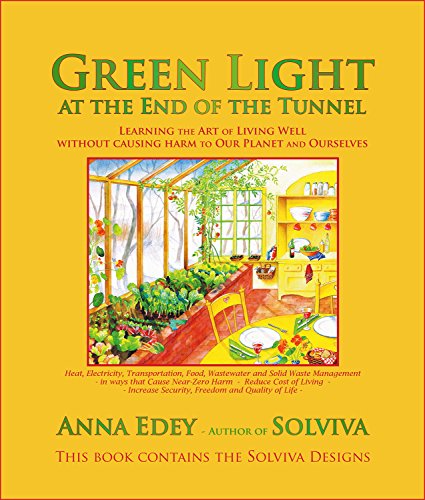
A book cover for Green Light at the End of the Tunnel: Learning the Art of Living Well Without Causing Harm to Our Planet or Ourselves; Anna Edey; Crafts, Hobbies & Home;